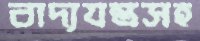
বাদ্যযন্ত্রসহ